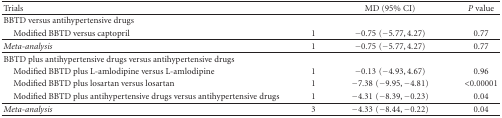
<table><thead><tr><td><b>Trials</b></td><td><b> </b></td><td><b>MD (95% CI)</b></td><td><b><i>P</i> value</b></td></tr></thead><tbody><tr><td>BBTD versus antihypertensive drugs</td><td> </td><td> </td><td> </td></tr><tr><td> Modified BBTD versus captopril</td><td>1</td><td>−0.75(−5.77, 4.27)</td><td>0.77</td></tr><tr><td><i>Meta-analysis </i></td><td>1</td><td>−0.75(−5.77, 4.27)</td><td>0.77</td></tr><tr><td>BBTD plus antihypertensive drugs versus antihypertensive drugs</td><td> </td><td> </td><td> </td></tr><tr><td> Modified BBTD plus L-amlodipine versus L-amlodipine</td><td>1</td><td>−0.13(−4.93, 4.67)</td><td>0.96</td></tr><tr><td> Modified BBTD plus losartan versus losartan</td><td>1</td><td>−7.38(−9.95, − 4.81)</td><td>&lt;0.00001</td></tr><tr><td> Modified BBTD plus antihypertensive drugs versus antihypertensive drugs</td><td>1</td><td>−4.31(−8.39, − 0.23)</td><td>0.04</td></tr><tr><td><i>Meta-analysis </i></td><td>3</td><td>−4.33(−8.44, − 0.22)</td><td>0.04</td></tr></tbody></table>